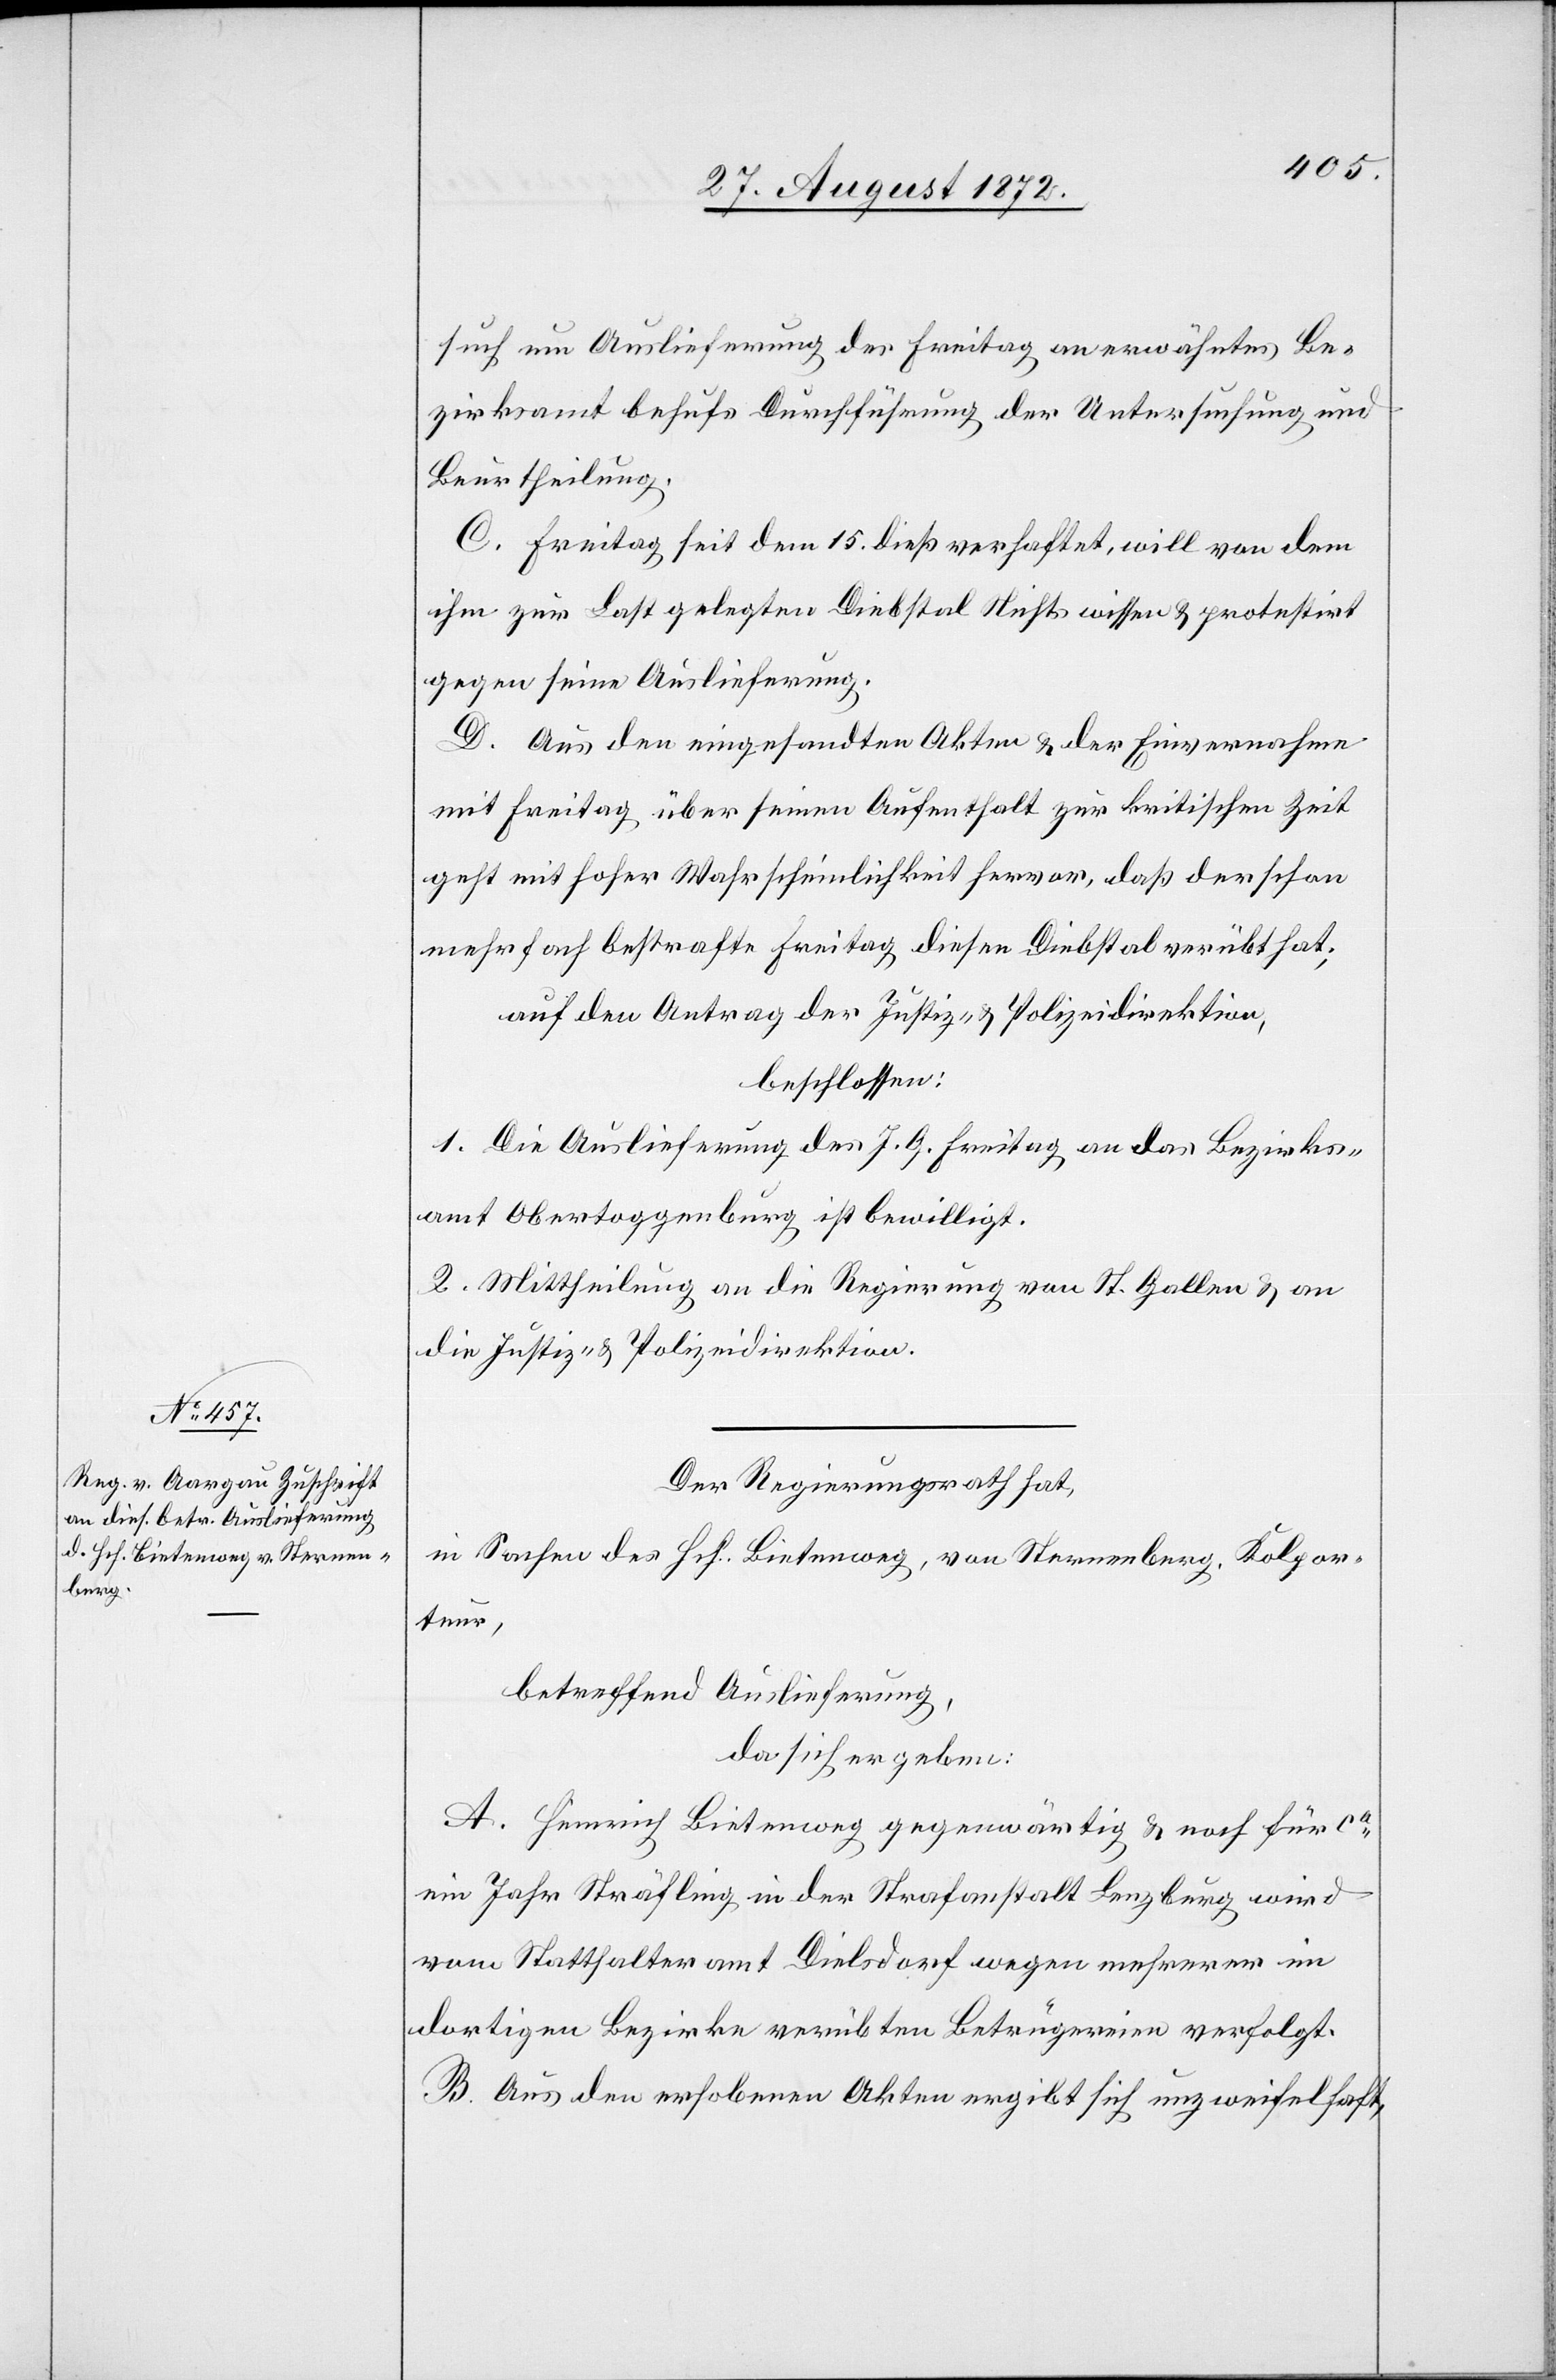
such um Auslieferung des Freitag an erwähntes Be¬
zirksamt behufs Durchführung der Untersuchung und
Beurtheilung.
C. Freitag sei dem 15. dieß verhaftet, will von dem
ihm zur Last gelegten Diebstal Nichts wissen u. protestirt
gegen seine Auslieferung.
D. Aus den eingesandten Akten u. der Einvernahme
mit Freitag über seinen Aufenthalt zur kritischen Zeit
geht mit hoher Wahrscheinlichkeit hervor, daß der schon
mehrfach bestrafte Freitag diesen Diebstal verübt hat;
auf den Antrag der Justiz- u. Polizeidirektion,
beschlossen:
1. Die Auslieferung des J. G. Freitag an das Bezirks¬
amt Obertoggenburg ist bewilligt.
2. Mittheilung an die Regierung von St. Gallen u. an
die Justiz- u. Polizeidirektion.
Der Regierungsrath hat,
in Sachen des Hch. Bietenweg, von Sternenberg, Kolpor¬
teur,
betreffend Auslieferung,
da sich ergeben:
A. Heinrich Bietenweg gegenwärtig u. noch für ca
ein Jahr Sträfling in der Strafanstalt Lenzberg wird
vom Statthalteramt Dielsdorf wegen mehrerer im
dortigen Bezirke verübten Betrügereien verfolgt.
B. Aus den erhobenen Akten ergibt sich unzweifelhaft,